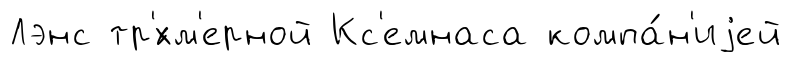
Лэнс тр'́хм'ерной Кс'емнаса компа́н'иjей